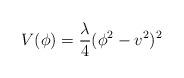
LaTeX: \begin{align*}V(\phi) = {\lambda \over 4} ( \phi^2 - v^2)^2\end{align*}